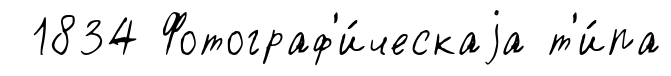
1834 Фотограф'и́ческаjа т'и́па